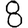
Digit: 8